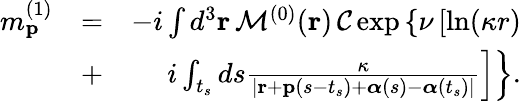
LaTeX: \begin{array}{rlr}{m_{\mathbf{p}}^{(1)}}&{=}&{-i\int d^{3}\mathbf{r}\, {\cal M}^{(0)}(\mathbf{r})\, {\cal C}\exp\left\{ \nu\left[\ln(\kappa r)\right.\right.}\\ &{+}&{i\left.\left.\int_{t_{s}}ds\frac{\kappa}{|\mathbf{r}+\mathbf{p}(s-t_{s})+\boldsymbol{\alpha}(s)-\boldsymbol{\alpha}(t_{s})|}\right]\right\} .}\end{array}